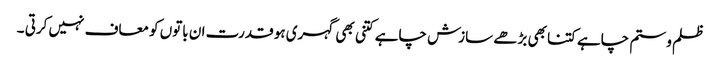
ظلم و ستم چاہے کتنا بھی بڑھے سازش چاہے کتنی بھی گہری ہو قدرت ان باتوں کو معاف نہیں کرتی ۔